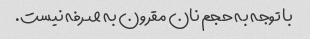
با توجه به حجم نان مقرون به صرفه نیست.